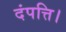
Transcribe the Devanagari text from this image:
दंपत्ति।